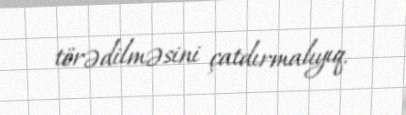
törədilməsini çatdırmalıyıq.